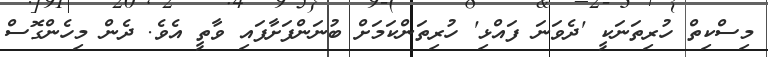
މިސްކިތް ހުރިތަނަކީ 'ދެވަނަ ފައްޅި' ހުރިތަންކަމަށް ބުނަންފަށާފައި ވާތީ އެވެ. ދެން މިހެންގޮސް